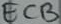
Text: ECB